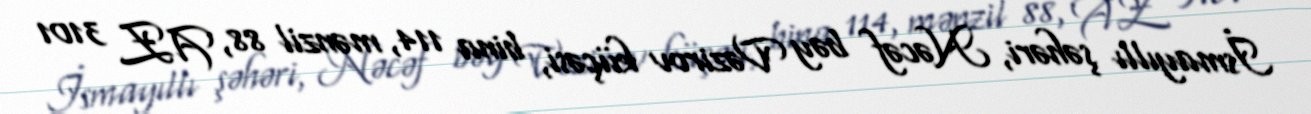
İsmayıllı şəhəri, Nəcəf bəy Vəzirov küçəsi, bina 114, mənzil 88, AZ 3101